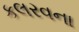
કલરવના